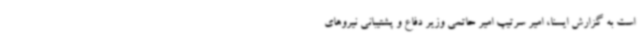
است به گزارش ایسنا، امیر سرتیپ امیر حاتمی وزیر دفاع و پشتیبانی نیروهای